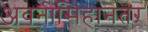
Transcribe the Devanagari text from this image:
अवनीसिंहानंतर